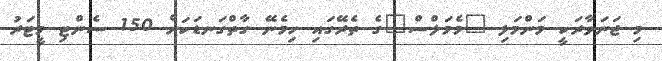
މި ޖަނަވާރަކީ މަންމަލި "މެމަލްސް"ގެ ތެރޭގައި ހިމެނޭ ގާތްގަނޑަކަށް 150 ސެންޓި މީޓަރު